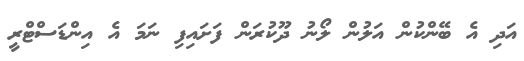
އަދި އެ ބޭންކުން އަލުން ލޯނު ދޫކުރަން ފަށައިފި ނަމަ އެ އިންޑަސްޓްރީ